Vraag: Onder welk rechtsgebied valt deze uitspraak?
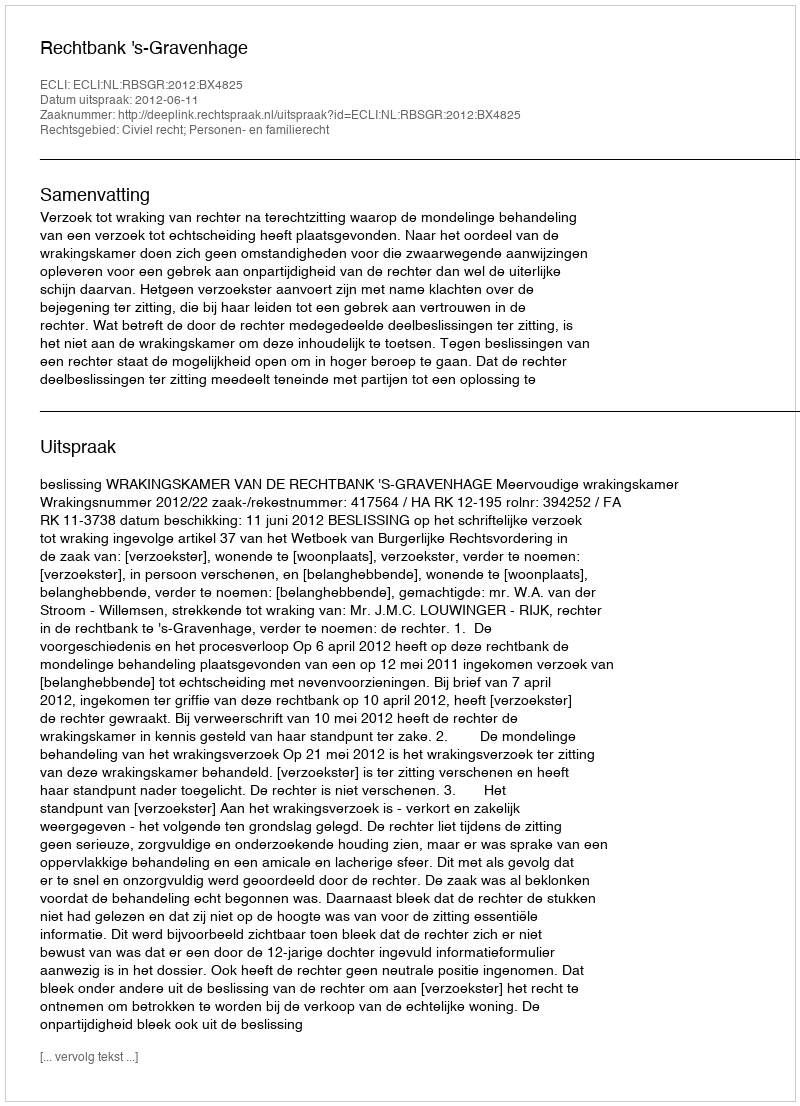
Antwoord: Civiel recht; Personen- en familierecht